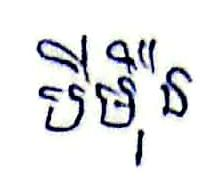
បីម៉ឺន